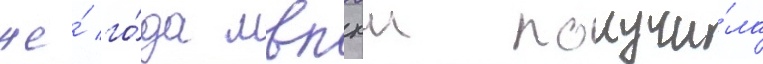
же́ го́да мвпхш получи́ла